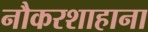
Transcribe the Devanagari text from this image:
नौकरशाहाना